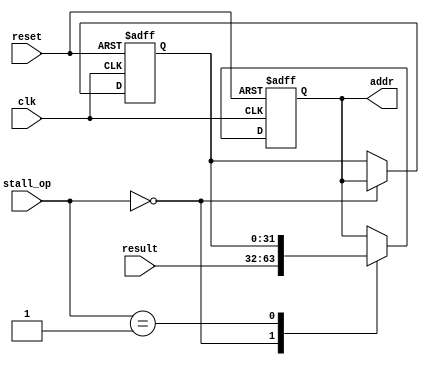
`timescale 1ns / 1ps

module PC(
    input clk,//
    input reset,//
    input[1:0] stall_op,//stall
    input[31:0] result,//
    output reg[31:0] addr//
);

    reg[31:0] addr_prev;
    initial begin
        addr<=0;
        addr_prev<=0;
    end

    always @(posedge clk or negedge reset) begin
        if(~reset)begin
            addr<=0;
            addr_prev<=0;
        end
        else begin
            case(stall_op)
            2'd0:begin
                addr_prev<=addr;
                addr<=result;
            end
            2'd1:begin
                addr<=addr_prev;
            end
            endcase
        end
    end
endmodule

module PC_tb;
    reg clk;
    reg reset;
    reg[31:0] result;
    wire[31:0] addr;
    PC pc(
        .clk(clk),
        .reset(reset),
        .result(result),
        .addr(addr)
    );
    initial begin
        clk<=0;reset<=0;result<=0;
        #17 reset<=1;
        #10 result<=32'hff550055;
        #10 result<=0;
        #50 $stop;
    end

    always #5 clk=~clk;
    
endmodule